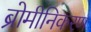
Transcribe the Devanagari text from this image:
ब्रोमीनिकरण